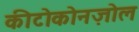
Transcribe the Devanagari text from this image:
कीटोकोनज़ोल